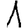
Digit: 1